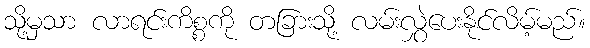
သို့မှသာ လာရင်းကိစ္စကို တခြားသို့ လမ်းလွှဲပေးနိုင်လိမ့်မည်။